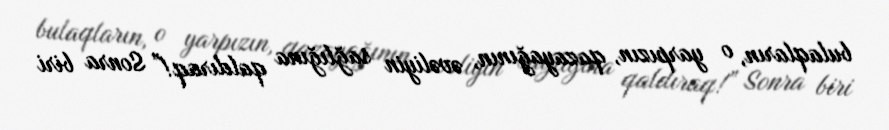
bulaqların, o yarpızın, qazayağının, əvəliyin sağlığına qaldıraq!” Sonra biri